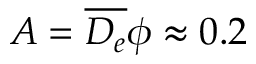
A = \overline { { D _ { e } } } \phi \approx 0 . 2